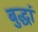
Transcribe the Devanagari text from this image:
बुद्धां